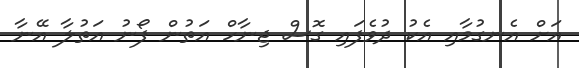
އަށް އެނގުމާއި އެކު ދުވެފައި ގޮސް ޖިނާހް އަތުން ފޯނު އަތުލާ އޭނާ